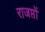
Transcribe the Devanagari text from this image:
राजप्तों